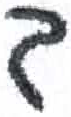
אות: ך